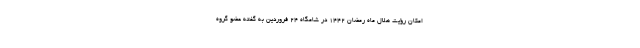
امکان رؤیت هلال ماه رمضان ۱۴۴۲ در شامگاه ۲۴ فروردین به گفته عضو گروه